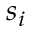
s _ { i }